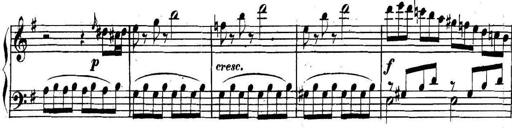
Title: Collected Piano Sonatas
Composer: Muzio Clementi